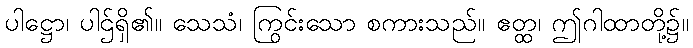
ပါဋ္ဌော၊ ပါဌ်ရှိ၏။ သေသံ၊ ကြွင်းသော စကားသည်။ ဧတ္ထ၊ ဤဂါထာတို့၌။